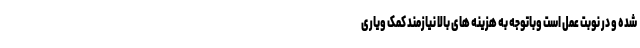
شده و در نوبت عمل است وباتوجه به هزینه های بالا نیازمند کمک ویاری